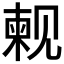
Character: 𫌫